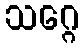
သဂ္ဂေ